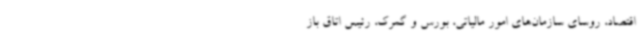
اقتصاد، روسای سازمان‌های امور مالیاتی، بورس و گمرک، رئیس اتاق باز